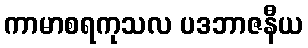
ကာမာစရကုသလ ပဒဘာဇနီယ